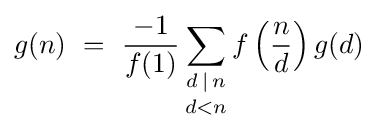
g(n)\ =\ {\frac {-1}{f(1)}}\mathop {\sum _{d\,\mid \,n}} _{d<n}f\left({\frac {n}{d}}\right)g(d)